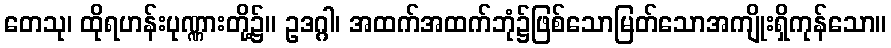
တေသု၊ ထိုရဟန်းပုဏ္ဏားတို့၌။ ဥဒဂ္ဂါ၊ အထက်အထက်ဘုံ၌ဖြစ်သောမြတ်သောအကျိုးရှိကုန်သော။